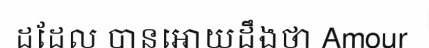
ដដែល បានអោយដឹងថា Amour